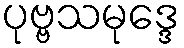
ပုဗ္ဗသမုဒ္ဒေ